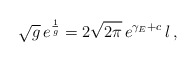
\begin{align*} \sqrt{g}\, e^\frac{1}{g} = 2\sqrt{2\pi}\, e^{\gamma_E+c}\, l \, ,\end{align*}